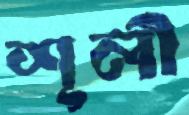
শূলী